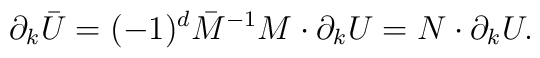
\    \partial_k \bar{U} = (-1)^d \bar{M}^{-1}M\cdot\partial_k U                        = N\cdot\partial_k U .